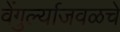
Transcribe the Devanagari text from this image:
वेंगुर्ल्याजवळचे